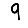
Digit: 9